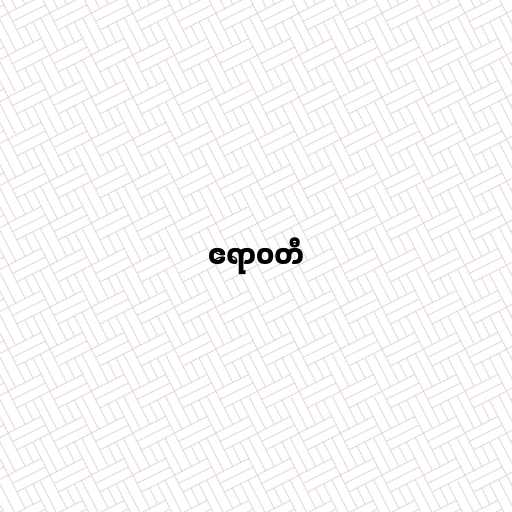
ဧရာဝတီ